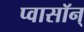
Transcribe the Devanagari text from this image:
प्वासॉन्‌